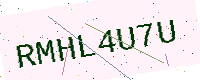
Text: RMHL4U7U